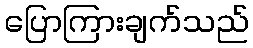
ပြောကြားချက်သည်